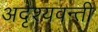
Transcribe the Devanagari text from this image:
अदृश्यवन्ती